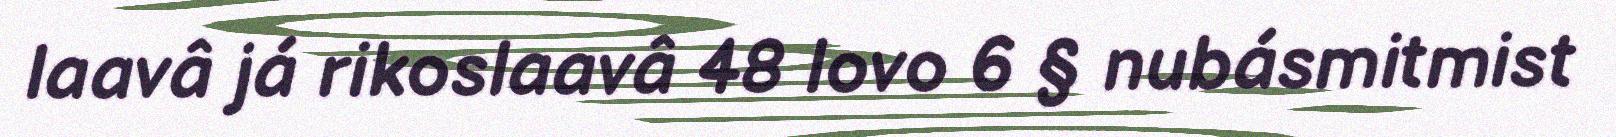
laavâ já rikoslaavâ 48 lovo 6 § nubásmitmist